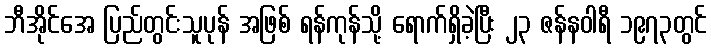
ဘီအိုင်အေ ပြည်တွင်းသူပုန် အဖြစ် ရန်ကုန်သို့ ရောက်ရှိခဲ့ပြီး ၂၃ ဇန်နဝါရီ ၁၉၇၃တွင်